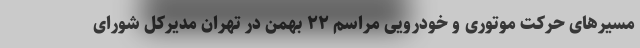
مسیرهای حرکت موتوری و خودرویی مراسم ۲۲ بهمن در تهران مدیرکل شورای